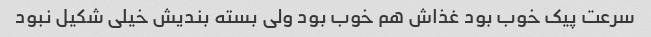
سرعت پیک خوب بود غذاش هم خوب بود ولی بسته بندیش خیلی شکیل نبود